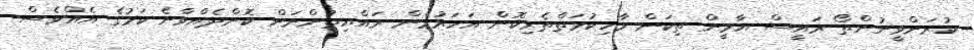
ކުރަންވީނުންތޯ ރައީސް ޔާމީން ތިކަން މާހިކުމަތްތެރިކޮން އަހަރުމެން ރައްޔިތުންނަށް ކޮށްދެއްވާނެ ކަމުގެ އެއްވެސް